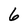
Character: 6